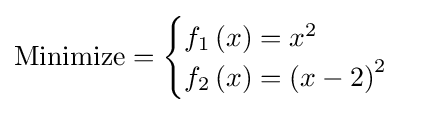
{\text{Minimize}}={\begin{cases}f_{1}\left(x\right)=x^{2}\\f_{2}\left(x\right)=\left(x-2\right)^{2}\\\end{cases}}